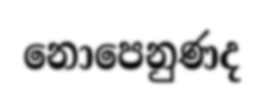
නොපෙනුණද